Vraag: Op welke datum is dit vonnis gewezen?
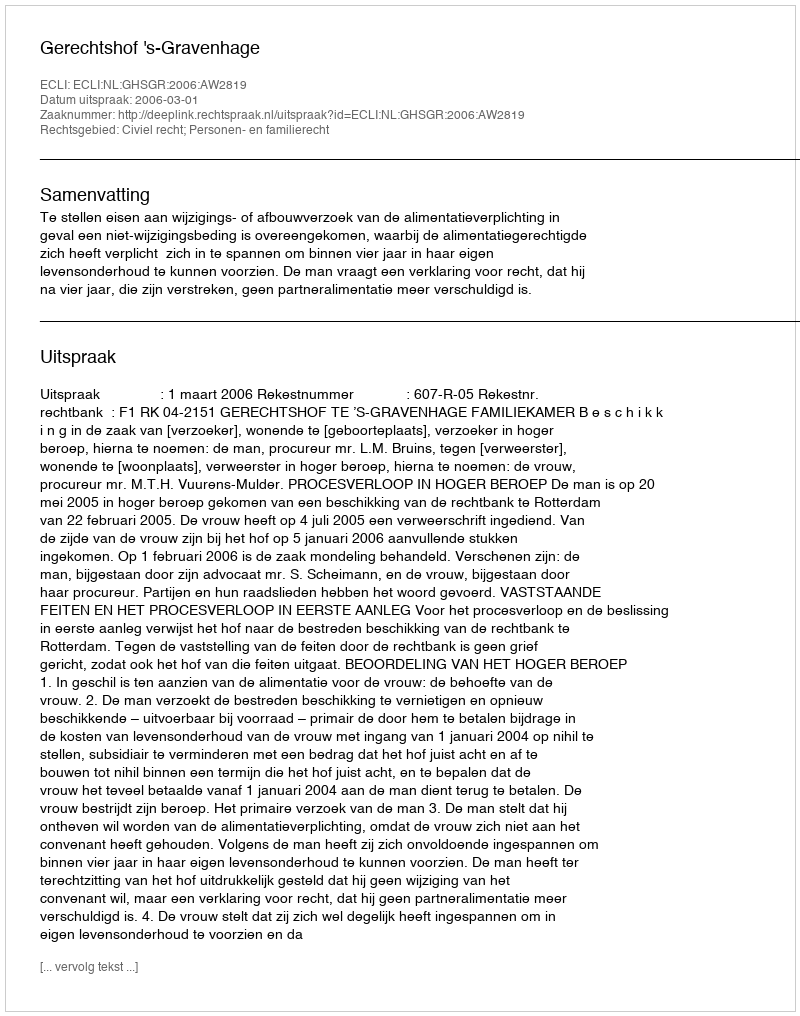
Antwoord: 2006-03-01